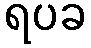
ရပခ